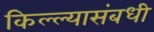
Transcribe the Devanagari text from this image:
किल्ल्यासंबधी